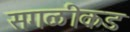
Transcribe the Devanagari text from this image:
सगळीकड